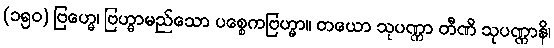
(၁၅၀) ဗြဟ္မေ၊ ဗြဟ္မာမည်သော ပစ္စေကဗြဟ္မာ။ တယော သုပဏ္ဏာ တီဏိ သုပဏ္ဏာနိ၊